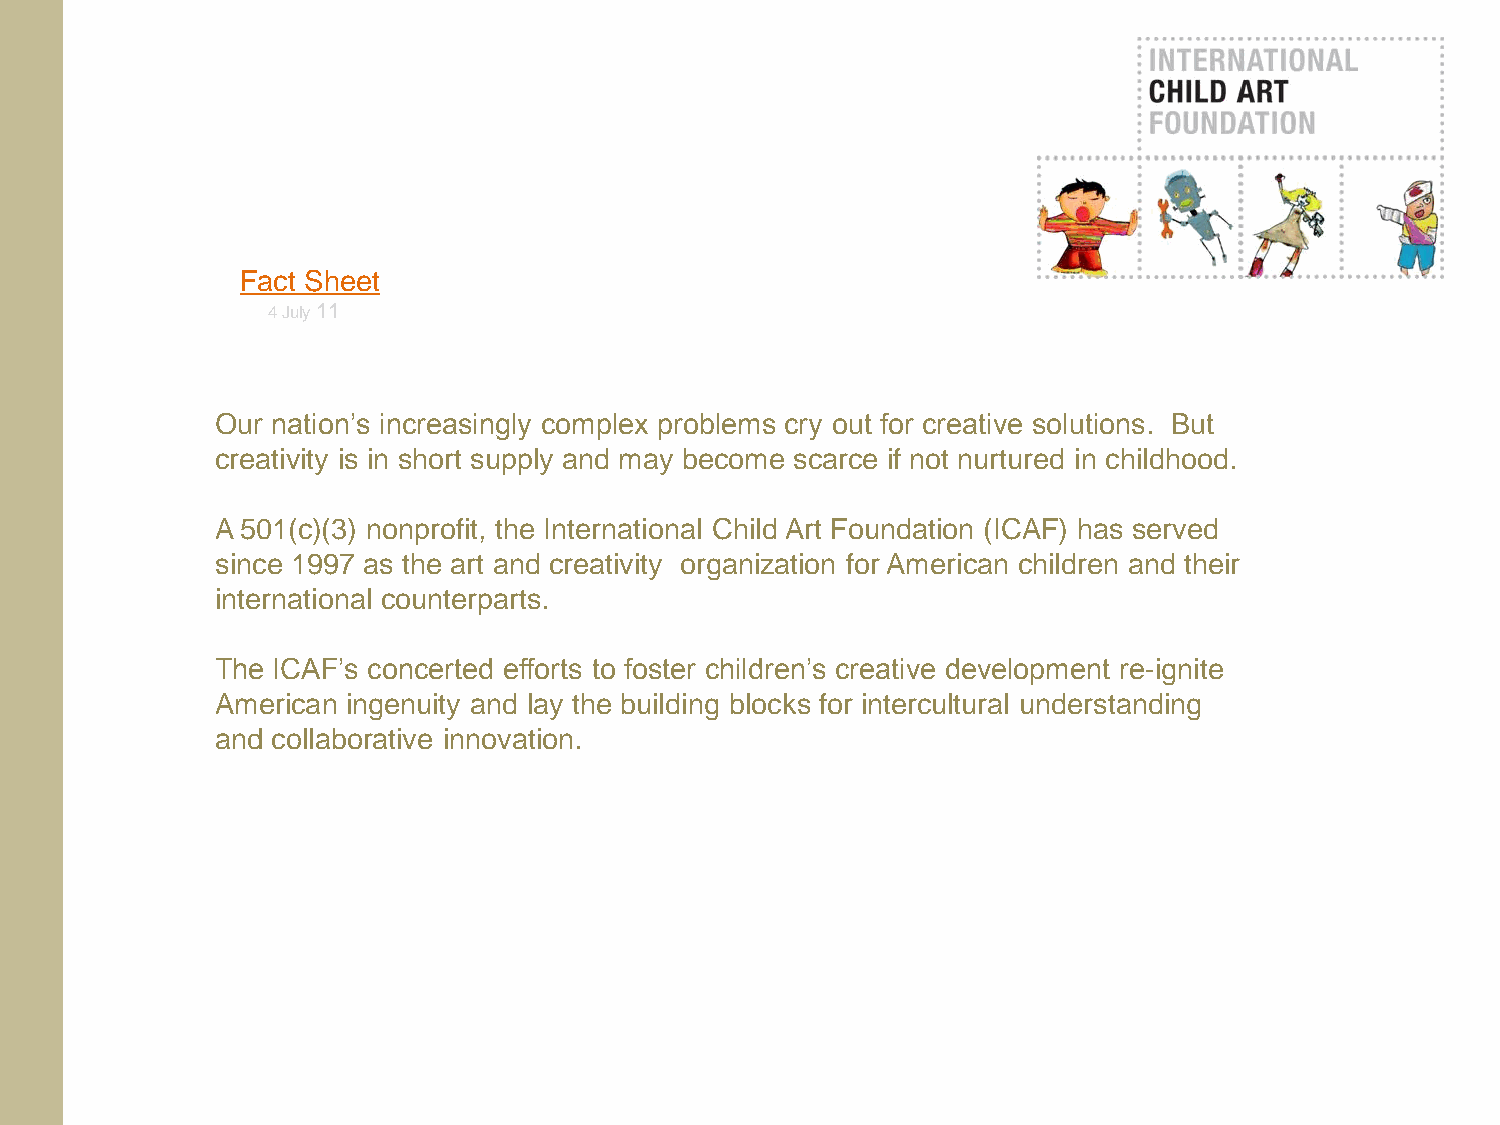
Fact Sheet
 4July 11
 Our nation‟s increasingly complex problems cry out for creative solutions. But
 creativity is in short supply and may become scarce if not nurtured in childhood.
 A 501(c)(3) nonprofit, the International Child Art Foundation (ICAF) has served
 since 1997 as the art and creativity organization for American children and their
 international counterparts.
 The ICAF‟s concerted efforts to foster children‟s creative development re-ignite
 American ingenuity and lay the building blocks for intercultural understanding
 and collaborative innovation.